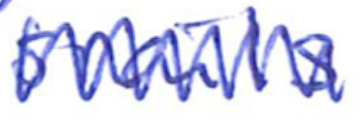
Text: snails
Cross-out: mix
Writing tool: ballpoint